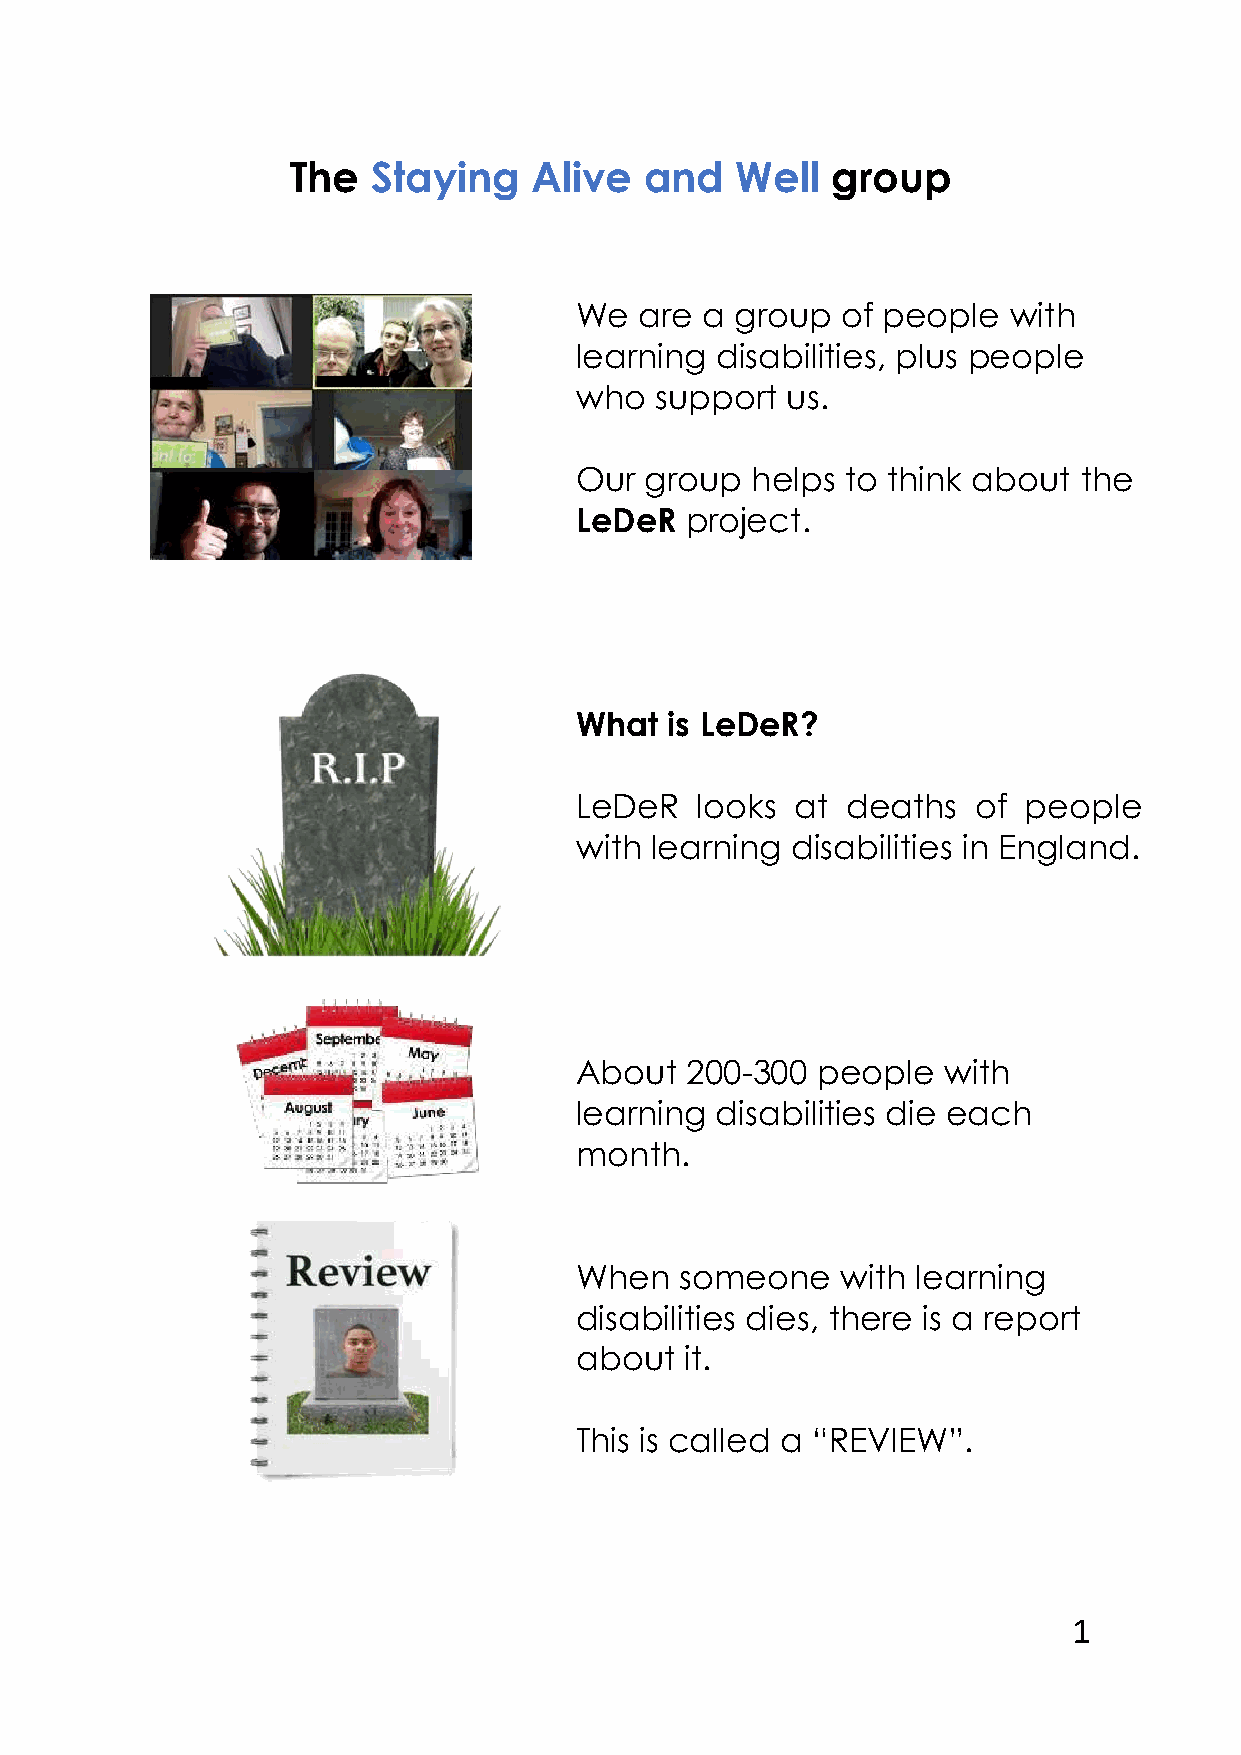
The   Staying   Alive   and   Well  group
 We  are  a group  of people  with
 learning disabilities, plus people
 who  support  us.
 Our  group  helps to think about  the
 LeDeR  project.
 What  is LeDeR?
 LeDeR   looks  at deaths   of people
 with learning disabilities in England.
 About  200-300  people  with
 learning disabilities die each
 month.
 When   someone    with learning
 disabilities dies, there is a report
 about  it.
 This is called a “REVIEW”.
 1